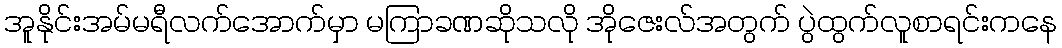
အူနိုင်းအမ်မရီလက်အောက်မှာ မကြာခဏဆိုသလို အိုဇေးလ်အတွက် ပွဲထွက်လူစာရင်းကနေ